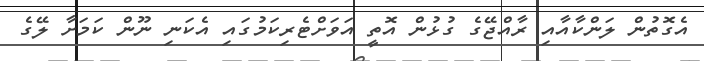
އެގޮތުން ލަންކާއާއި ރާއްޖޭގެ ގުޅުން އޮތީ އަވަށްޓެރިކަމުގައި އެކަނި ނޫން ކަމަށާ ލޭގެ